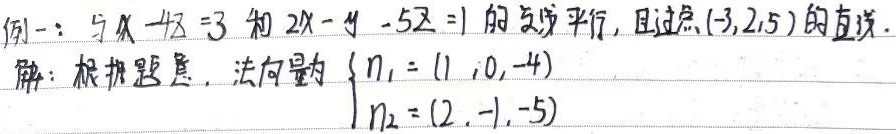
例一：求与直线\(x - 4z = 3\)和\(2x - y - 5z = 1\)平行，且过点\((-3,2,5)\)的直线。

解：根据题意，法向量为\(\begin{cases}n_1=(1,0,-4)\\n_2=(2,-1,-5)\end{cases}\) 。